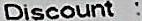
DISCOUNT :